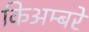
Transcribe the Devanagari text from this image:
किअम्बरे